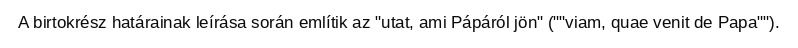
A birtokrész határainak leírása során említik az "utat, ami Pápáról jön" (""viam, quae venit de Papa"").